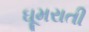
ઘૂમરાતી